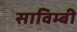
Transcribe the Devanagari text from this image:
साविम्बी